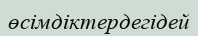
өсімдіктердегідей